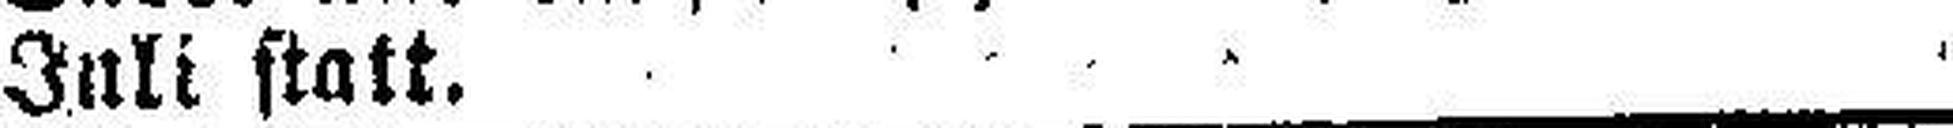
Juli statt.